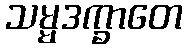
သမ္မဒက္ခာတေ